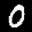
Label: 0